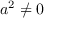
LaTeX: a ^ { 2 } \neq 0